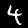
Digit: 4